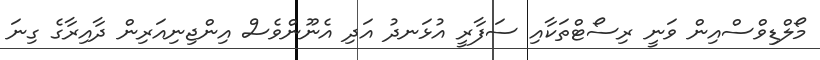
މޯލްޑިވްސްއިން ވަނީ ރިސޯޓްތަކާއި ސަފާރީ އުޅަނދު އަދި އެނޫންވެސް އިންޖިނިއަރިން ދާއިރާގެ ގިނަ